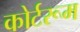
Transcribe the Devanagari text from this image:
कोर्टरूम